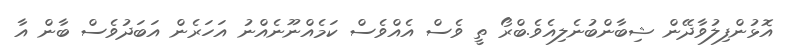
އޮޅުންފިލުވާދޭން ޝިބާންބުނެލިއެވެ.ބްރޯ ތީ ވެސް އެއްވެސް ކަމެއްނޫނެއްނު އަހަރެން އަބަދުވެސް ބާން އާ